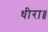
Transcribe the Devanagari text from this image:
धीरा॥